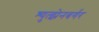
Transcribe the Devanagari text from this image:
श्युत्झेनबर्गर